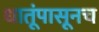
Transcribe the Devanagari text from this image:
धातूंपासूनच